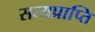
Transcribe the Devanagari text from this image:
सत्यप्राप्ति